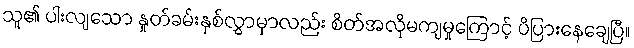
သူ၏ ပါးလျသော နှုတ်ခမ်းနှစ်လွှာမှာလည်း စိတ်အလိုမကျမှုကြောင့် ပိပြားနေချေပြီ။